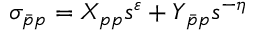
\sigma _ { \bar { p } p } = X _ { p p } s ^ { \varepsilon } + Y _ { \bar { p } p } s ^ { - \eta }